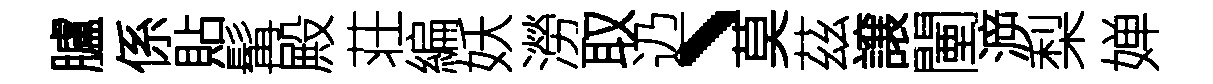
臚係貼髯殿荘編妖澇取辸、莫茲譲闉㴑梨婵